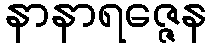
နာနာရဇ္ဇေန